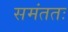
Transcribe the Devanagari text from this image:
समंततः